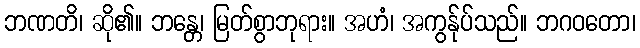
ဘဏတိ၊ ဆို၏။ ဘန္တေ၊ မြတ်စွာဘုရား။ အဟံ၊ အကွန်ုပ်သည်။ ဘဂဝတော၊